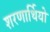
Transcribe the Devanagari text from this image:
शरणार्थियो